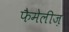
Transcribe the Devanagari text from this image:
फैमेलीज़